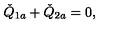
\check { Q } _ { 1 a } + \check { Q } _ { 2 a } = 0 ,